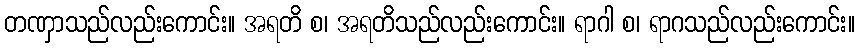
တဏှာသည်လည်းကောင်း။ အရတိ စ၊ အရတိသည်လည်းကောင်း။ ရာဂါ စ၊ ရာဂသည်လည်းကောင်း။